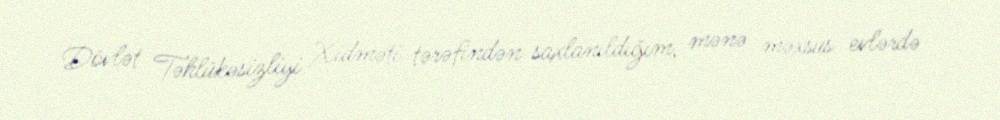
Dövlət Təhlükəsizliyi Xidməti tərəfindən saxlanıldığım, mənə məxsus evlərdə